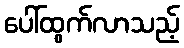
ပေါ်ထွက်လာသည့်